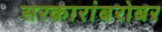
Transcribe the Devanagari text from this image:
सरकारांबरोबर